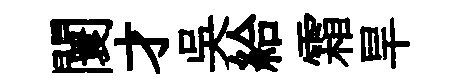
闤才吴給霜旱